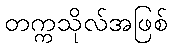
တက္ကသိုလ်အဖြစ်